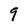
Character: 9